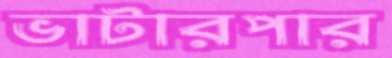
ভাটারপার